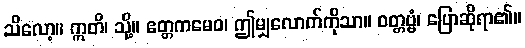
သိလော့။ ဣတိ၊ သို့။ ဧတ္တကမေဝ၊ ဤမျှလောက်ကိုသာ။ ဝတ္တဗ္ဗံ၊ ပြောဆိုရာ၏။